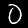
Digit: 0